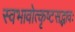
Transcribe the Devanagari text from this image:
स्वभावोत्कृष्टसद्भावः